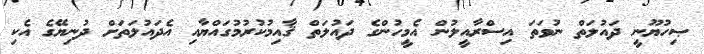
ޞިހުޔޫނީ ދައުލަތް ނުވަތަ އިސްރާއީލުން އެމީހުންގެ ދައުލަތް ޤާއިމުކުރުމުގައްޔާއި އެދައުލަތަށް ދުނިޔޭގެ އެކި